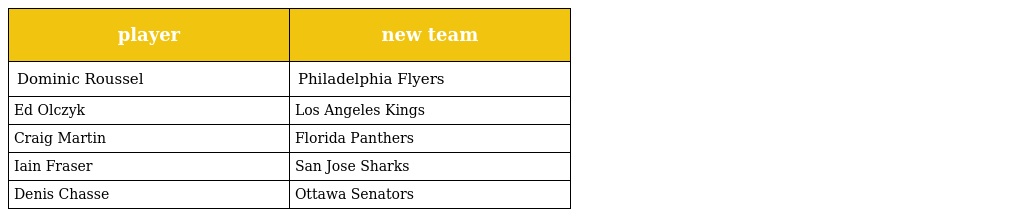
| player | new team |
 | --- | --- |
 | Dominic Roussel | Philadelphia Flyers |
 | Ed Olczyk | Los Angeles Kings |
 | Craig Martin | Florida Panthers |
 | Iain Fraser | San Jose Sharks |
 | Denis Chasse | Ottawa Senators |